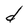
Character: d